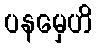
ပနမှေဟိ